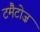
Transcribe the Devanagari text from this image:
टमैटोज़